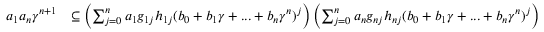
\begin{array} { r l } { a _ { 1 } a _ { n } \gamma ^ { n + 1 } } & { \subseteq \left( \sum _ { j = 0 } ^ { n } a _ { 1 } g _ { 1 j } h _ { 1 j } ( b _ { 0 } + b _ { 1 } \gamma + . . . + b _ { n } \gamma ^ { n } ) ^ { j } \right) \left( \sum _ { j = 0 } ^ { n } a _ { n } g _ { n j } h _ { n j } ( b _ { 0 } + b _ { 1 } \gamma + . . . + b _ { n } \gamma ^ { n } ) ^ { j } \right) } \end{array}